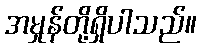
အမှုန်တို့ရှိပါသည်။